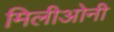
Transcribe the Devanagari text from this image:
मिलीओनी